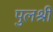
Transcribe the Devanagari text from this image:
पुलश्री